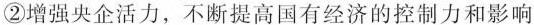
②增强央企活力，不断提高国有经济的控制力和影响